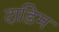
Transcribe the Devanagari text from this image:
दाड़िम